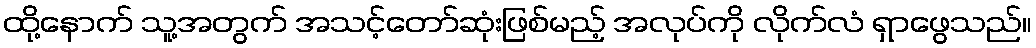
ထို့နောက် သူ့အတွက် အသင့်တော်ဆုံးဖြစ်မည့် အလုပ်ကို လိုက်လံ ရှာဖွေသည်။